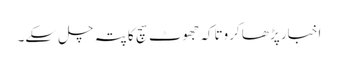
اخبار پڑھا کروتاکہ جھوٹ سچ کا پتہ چل سکے۔